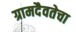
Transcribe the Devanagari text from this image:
ग्रामदैवतेचा